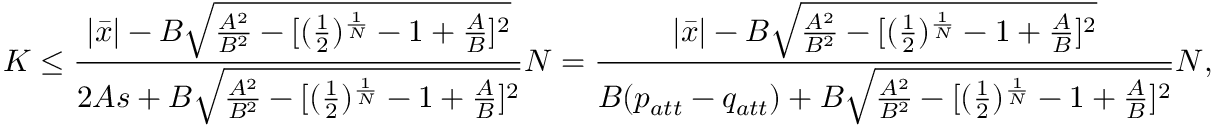
K \leq \frac { | \Bar { x } | - B \sqrt { \frac { A ^ { 2 } } { B ^ { 2 } } - [ ( \frac { 1 } { 2 } ) ^ { \frac { 1 } { N } } - 1 + \frac { A } { B } ] ^ { 2 } } } { 2 A s + B \sqrt { \frac { A ^ { 2 } } { B ^ { 2 } } - [ ( \frac { 1 } { 2 } ) ^ { \frac { 1 } { N } } - 1 + \frac { A } { B } ] ^ { 2 } } } N = \frac { | \Bar { x } | - B \sqrt { \frac { A ^ { 2 } } { B ^ { 2 } } - [ ( \frac { 1 } { 2 } ) ^ { \frac { 1 } { N } } - 1 + \frac { A } { B } ] ^ { 2 } } } { B ( p _ { a t t } - q _ { a t t } ) + B \sqrt { \frac { A ^ { 2 } } { B ^ { 2 } } - [ ( \frac { 1 } { 2 } ) ^ { \frac { 1 } { N } } - 1 + \frac { A } { B } ] ^ { 2 } } } N ,